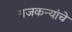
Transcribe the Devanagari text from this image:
राजकन्यांचे